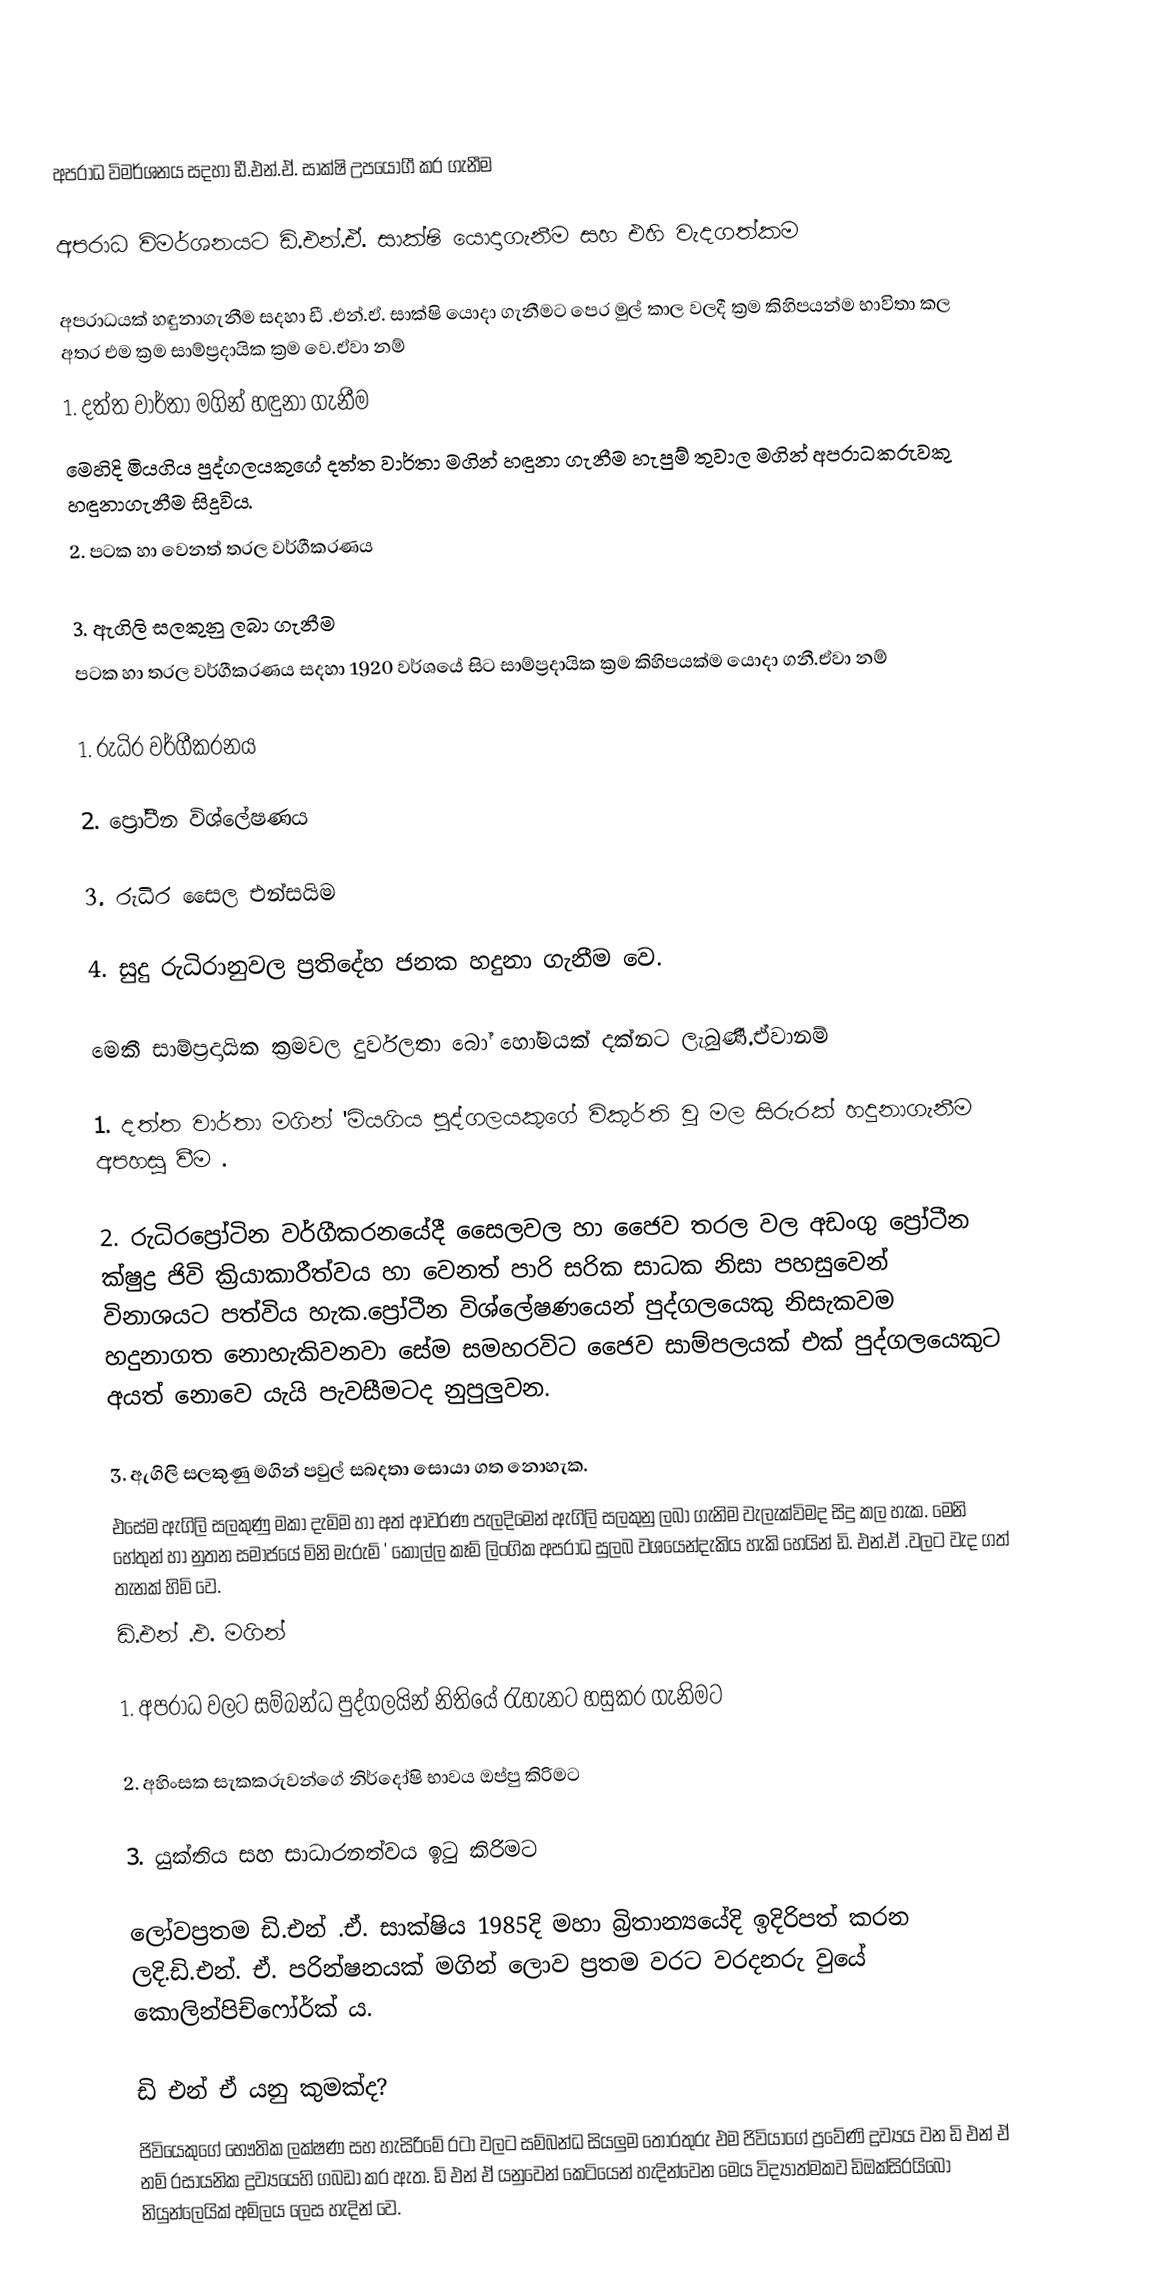

අපරාධ විමර්ශනය සදහා ඩී.එන්.ඒ. සාක්ෂි උපයෝගී කර ගැනීම

අපරාධ විමර්ශනයට ඩි.එන්.ඒ. සාක්ෂි යොදාගැනීම සහ එහි වැදගත්කම

අපරාධයක් හඳුනාගැනීම සදහා ඩී .එන්.ඒ. සාක්ෂි යොදා ගැනීමට පෙර මුල් කාල වලදී ක්‍රම කිහිපයන්ම භාවිතා කල අතර එම ක්‍රම සාම්ප්‍රදායික ක්‍රම වෙ.ඒවා නම්
1. දත්ත  වාර්තා මගින් හඳුනා ගැනීම
මෙහිදි මියගිය පුද්ගලයකුගේ දත්ත වාර්තා මගින් හඳුනා ගැනීම හැපුම් තුවාල මගින් අපරාධකරුවකු හඳුනාගැනීම සිදුවිය.
2. පටක හා වෙනත් තරල වර්ගීකරණය

3. ඇගිලි සලකුනු ලබා ගැනීම
පටක හා තරල වර්ගීකරණය  සදහා 1920 වර්ශයේ සිට සාම්ප්‍රදායික ක්‍රම කිහිපයක්ම යොදා ගනී.ඒවා නම්

1. රුධිර වර්ගීකරනය

2. ප්‍රෝටීන විශ්ලේෂණය

3. රුධිර සෛල එන්සයිම

4. සුදු රුධිරානුවල ප්‍රතිදේහ ජනක හදුනා ගැනීම වෙ.

මෙකී සාම්ප්‍රදායික ක්‍රමවල දුර්වලතා බෝ හෝමයක් දක්නට ලැබුණී.ඒවානම්

1. දත්ත වාර්තා මගින් 'මියගිය පුද්ගලයකුගේ විකුර්ති වු මල සිරුරක් හදුනාගැනීම අපහසු වීම .

2. රුධිරප්‍රෝටින වර්ගීකරනයේදී සෛලවල හා ජෛව තරල වල අඩංගු ප්‍රෝටීන ක්ෂුද්‍ර ජිවි ක්‍රියාකාරීත්වය හා වෙනත් පාරි සරික සාධක නිසා පහසුවෙන් විනාශයට පත්විය හැක.‍ප්‍රෝටීන විශ්ලේෂණයෙන් පුද්ගලයෙකු නිසැකවම හදුනාගත නොහැකිවනවා සේම සමහරවිට ජෛව සාම්පලයක් එක් පුද්ගලයෙකුට අයත් නොවෙ යැයි පැවසීමටද  නුපුලුවන.

3. ඇගිලි සලකුණු මගින් පවුල් සබදතා සොයා ගත නොහැක.
එසේම ඇගිලි සලකුණු මකා දැමිම හා අත්  ආවරණ පැලදිමෙන් ඇගිලි සලකුනු ලබා ගැනිම වැලැක්විමද  සිදු කල හැක. මෙනි හේතුන් හා නුතන සමාජයේ මිනි මැරුම් ' කොල්ල කෑම් ලිංගික අපරාධ සුලබ වශයෙන්දැකිය හැකි හෙයින් ඩි. එන්.ඒ .වලට වැද ගත් තැනක් හිමි වෙ.
ඩි.එන් .එ. මගින්

1. අපරාධ වලට සම්බන්ධ පුද්ගලයින් නිතියේ රැහැනට හසුකර ගැනිමට

2. අහිංසක සැකකරුවන්ගේ නිර්දෝෂි භාවය ඔප්පු කිරිමට

3. යුක්තිය සහ   සාධාරනත්වය ඉටු කිරිමට

ලෝවප්‍රතම ඩි.එන් .ඒ. සාක්ෂිය 1985දි මහා බ්‍රිතාන්‍යයේදි ඉදිරිපත් කරන ලදි.ඩි.එන්. ඒ. පරින්ෂනයක් මගින් ලොව ප්‍රතම වරට වරදනරු වුයේ   කොලින්පිච්ෆෝර්ක් ය.

ඩි එන් ඒ යනු කුමක්ද?
ජිවියෙකුගේ භෞතික ලක්ෂණ සහ හැසිරිමේ රටා වලට සම්බන්ධ සියලුම තොරතුරු එම ජිවියාගේ ප්‍රවේණි ද්‍රව්‍යය වන ඩි එන් ඒ නම් රසායනික ද්‍රව්‍යයෙහි ගබඩා කර ඇත. ඩි එන් ඒ යනුවෙන් කෙටියෙන් හැදින්වෙන මෙය විද්‍යාත්මකව ඩිඔක්සිරයිබෝ නියුන්ලෙයික් අම්ලය ලෙස හැදින් වෙ.